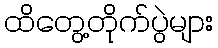
ထိတွေ့တိုက်ပွဲများ